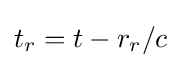
t_{r}=t-r_{r}/c